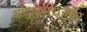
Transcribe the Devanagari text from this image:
अणुकरारानंतर